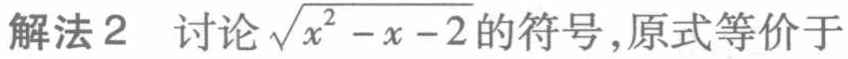
解法2 讨论\(\sqrt{x^{2}-x - 2}\)的符号,原式等价于